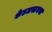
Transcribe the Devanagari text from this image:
केडलस्टनचा